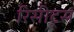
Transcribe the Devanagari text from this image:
रिसीट्स